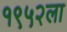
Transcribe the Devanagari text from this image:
१९५२ला